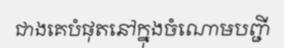
ជាងគេបំផុតនៅក្នុងចំណោមបញ្ជី